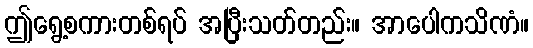
ဤရွေ့စကားတစ်ရပ် အပြီးသတ်တည်း။ အာပေါကသိဏံ။